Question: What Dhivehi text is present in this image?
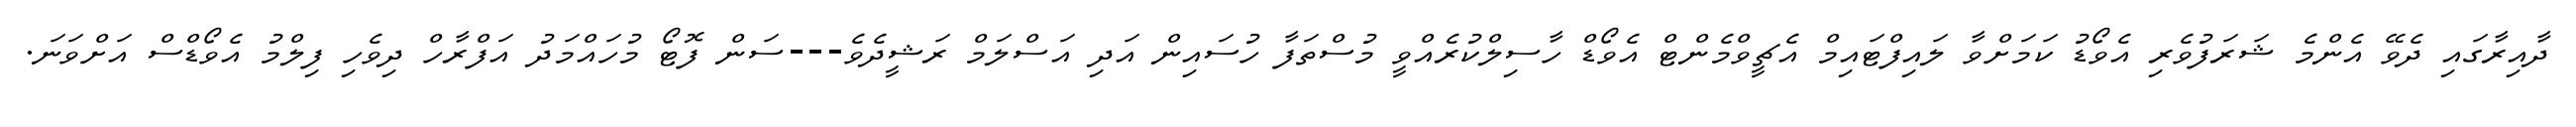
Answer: ދާއިރާގައި ދެވޭ އެންމެ ޝަރަފުވެރި އެވޯޑު ކަމަށްވާ ލައިފްޓައިމް އެޗީވްމެންޓް އެވޯޑް ހާސިލްކުރެއްވީ މުސްތަފާ ހުސައިން އަދި އަސްލަމް ރަޝީދެވެ---ސަން ފޮޓޯ މުހައްމަދު އަފްރާހް ދިވެހި ފިލްމު އެވޯޑްސް އަށްވަނަ.